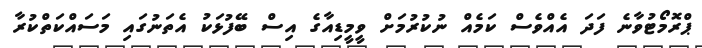
ޕްރޮމޯޓުވާނެ ފަދަ އެއްވެސް ކަމެއް ނުކުރުމަށް ވީމީޑިއާގެ އިސް ބޭފުޅަކު އެތަނުގައި މަސައްކަތްކުރާ